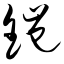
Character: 铠